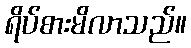
ရိပ်စားမိလာသည်။